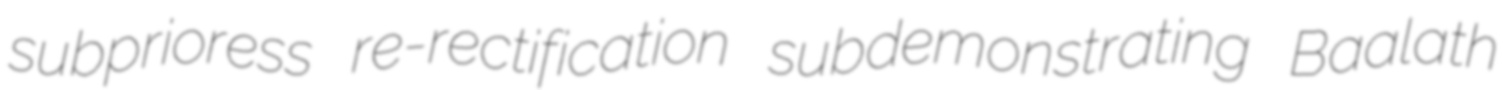
subprioress re-rectification subdemonstrating Baalath